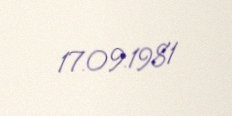
17.09.1981